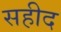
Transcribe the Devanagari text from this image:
सहीद